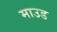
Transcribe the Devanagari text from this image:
माउड